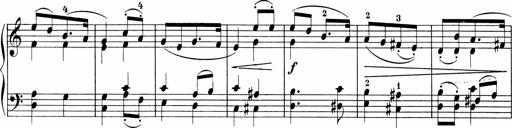
Title: Sonatinen Op.47, 98 und 136, nebst 6 Liedersonatinen
Composer: Carl Reinecke